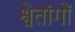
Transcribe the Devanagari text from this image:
श्वेतांगों